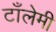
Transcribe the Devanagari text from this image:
टाँलेमी